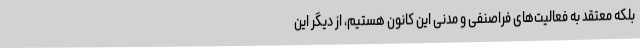
بلکه معتقد به فعالیت‌های فراصنفی و مدنی این کانون هستیم، از دیگر این